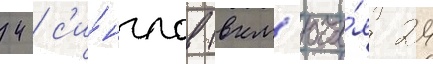
42 с'и́нглов (вкл'юча́я 24